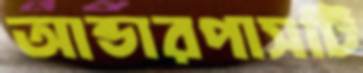
আন্ডারপাসটি